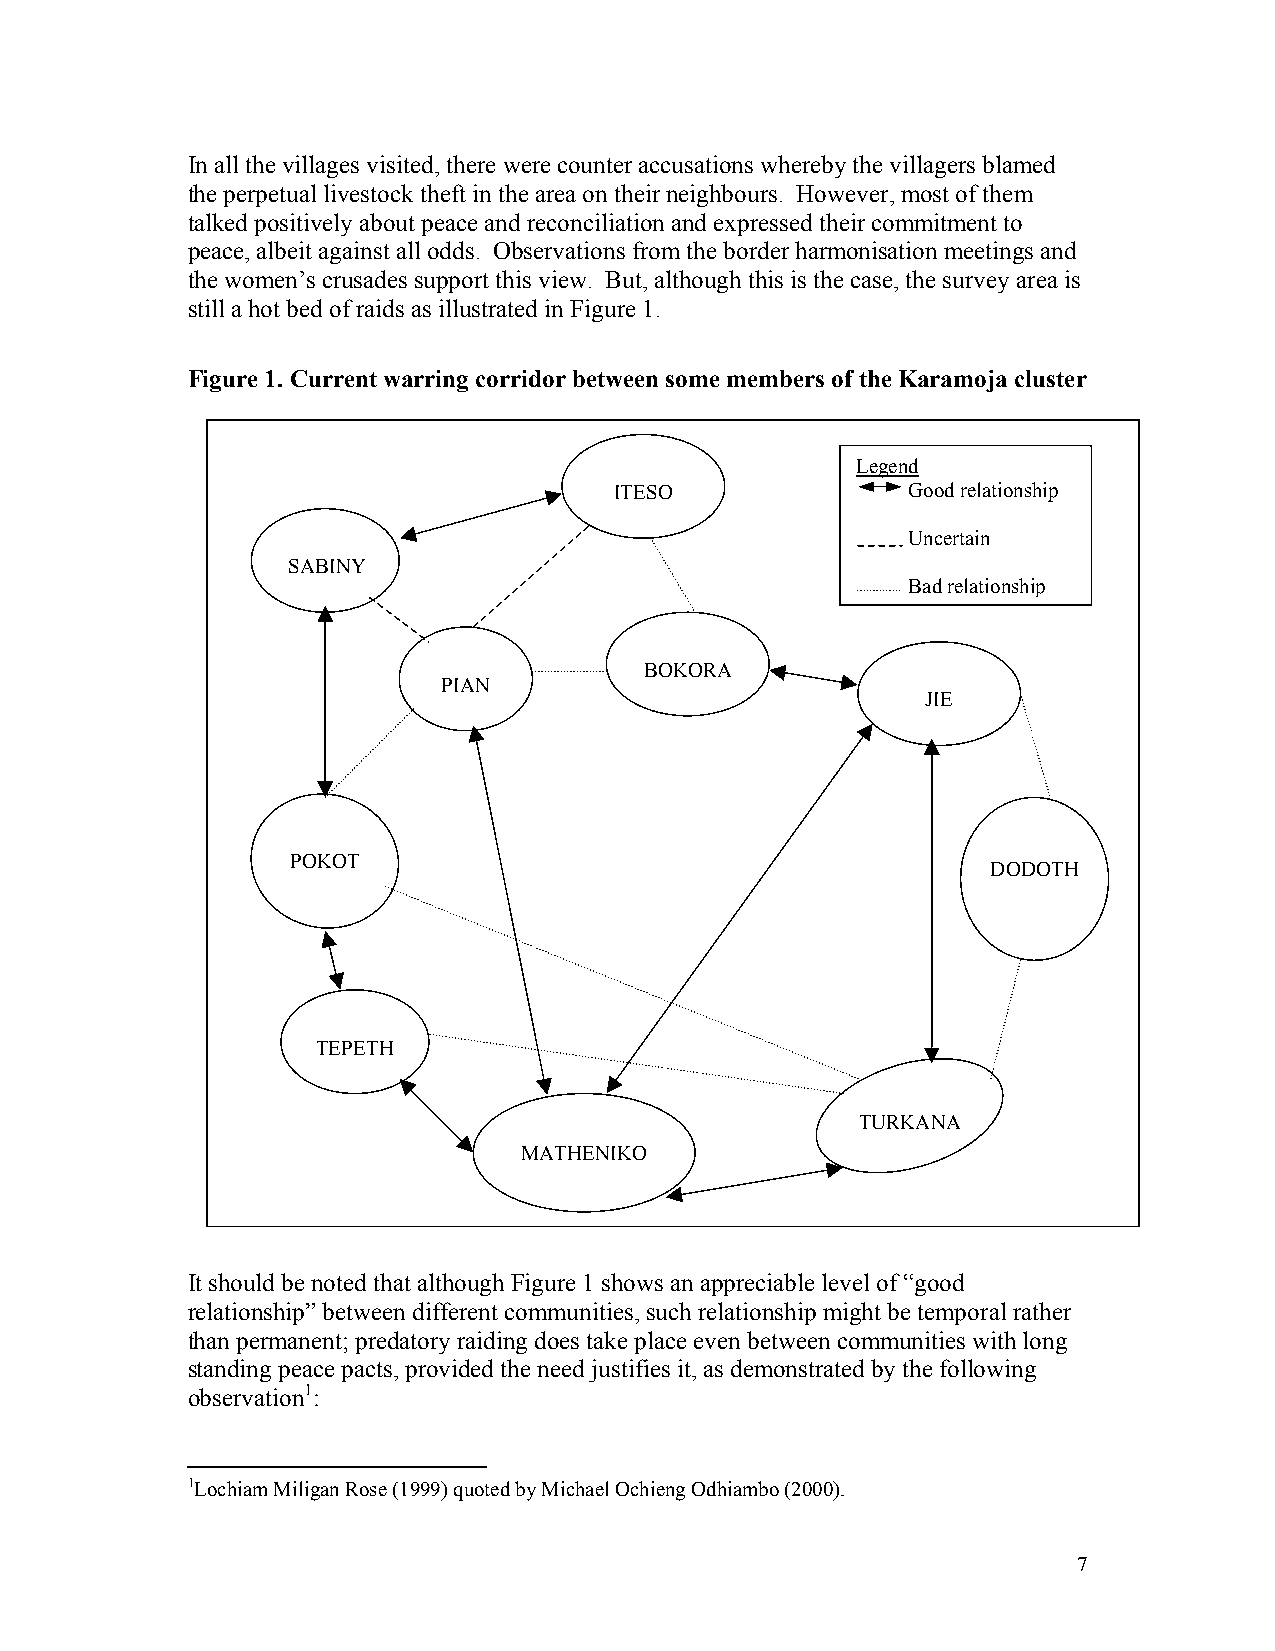
In all the villages visited, there were counter accusations whereby the villagers blamed
 the perpetual livestock theft in the area on their neighbours. However, most of them
 talked positively about peace and reconciliation and expressed their commitment to
 peace, albeit against all odds. Observations from the border harmonisation meetings and
 the women’s crusades support this view. But, although this is the case, the survey area is
 still a hot bed of raids as illustrated in Figure 1.
 Figure 1. Current warring corridor between some members of the Karamoja cluster
 Legend
 ITESO              Good relationship
 Uncertain
 SABINY
 Bad relationship
 BOKORA
 PIAN
 JIE
 POKOT
 DODOTH
 TEPETH
 TURKANA
 MATHENIKO
 It should be noted that although Figure 1 shows an appreciable level of “good
 relationship” between different communities, such relationship might be temporal rather
 than permanent; predatory raiding does take place even between communities with long
 standing peace pacts, provided the need justifies it, as demonstrated by the following
 observation1:
 1Lochiam Miligan Rose (1999) quoted by Michael Ochieng Odhiambo (2000).
 7